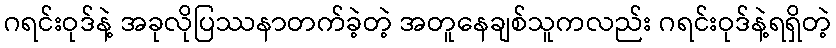
ဂရင်းဝုဒ်နဲ့ အခုလိုပြဿနာတက်ခဲ့တဲ့ အတူနေချစ်သူကလည်း ဂရင်းဝုဒ်နဲ့ရရှိတဲ့